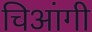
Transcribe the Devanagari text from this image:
चिआंगी